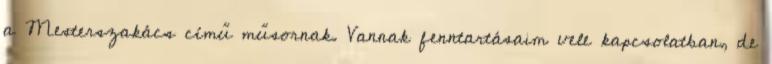
a Mesterszakács című műsornak. Vannak fenntartásaim vele kapcsolatban, de